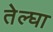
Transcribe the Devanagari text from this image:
तेल्घा